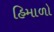
હિમાળો